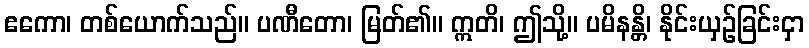
ဧကော၊ တစ်ယောက်သည်။ ပဏီတော၊ မြတ်၏။ ဣတိ၊ ဤသို့။ ပမိနန္တိ၊ နိုင်းယှဉ်ခြင်းငှာ